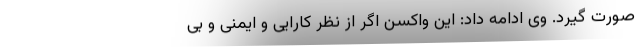
صورت گیرد. وی ادامه داد: این واکسن اگر از نظر کارایی و ایمنی و بی